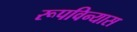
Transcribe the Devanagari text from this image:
रूपविन्यास